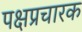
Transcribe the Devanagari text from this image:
पक्षप्रचारक